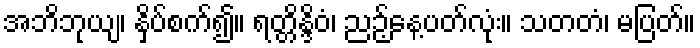
အဘိဘုယျ၊ နှိပ်စက်၍။ ရတ္တိန္ဒိဝံ၊ ညဉ့်နေ့ပတ်လုံး။ သတတံ၊ မပြတ်။